Civil Veterinary Dept. Bombay admin report 1932-41 - 1932-1941
Year: 1932
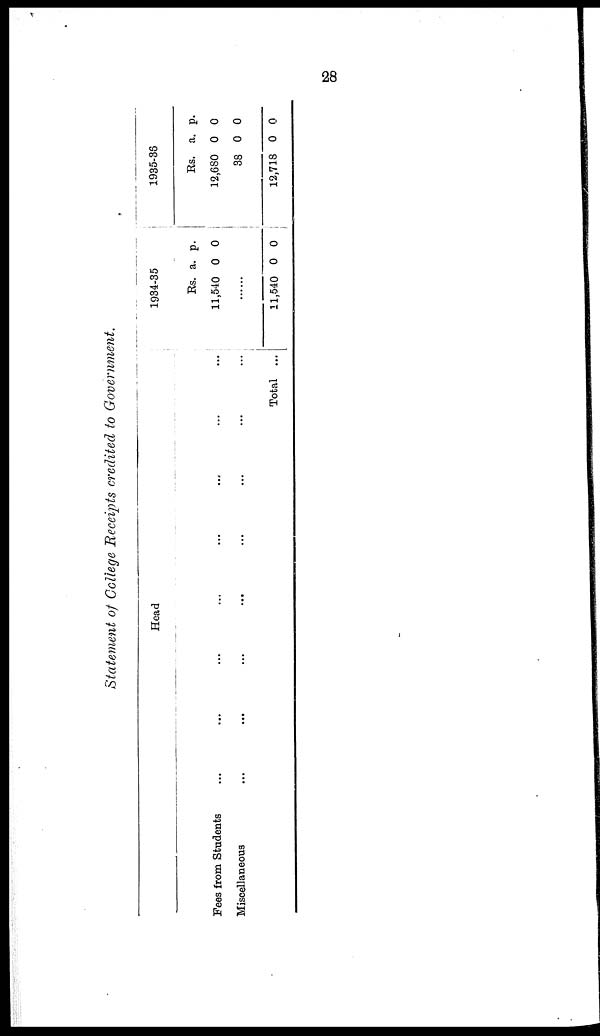
28
Statement of College Receipts credited to Government.
Head
Fees from Students ... .... ... ... ... ... ... ... ...
Miscellaneous ... .... ... ... ... ... ... ... ...
Total ...
1934-35
Rs.
11,540
......
11,540
a.
0
0
p.
0
0
1935-38
Rs.
12,680
38
12,718
a.
0
0
0
p.
0
0
0